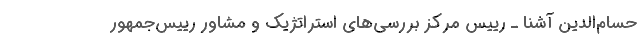
حسام‌الدین آشنا ـ رییس مرکز بررسی‌های استراتژیک و مشاور رییس‌جمهور